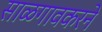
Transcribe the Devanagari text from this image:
साळगावकरने